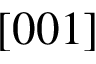
[ 0 0 1 ]